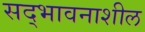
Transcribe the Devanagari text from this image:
सद्‌भावनाशील